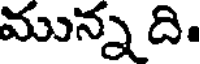
మున్న ది.